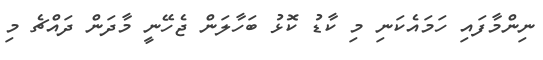
ނިންމާފައި ހަމައެކަނި މި ކާޑު ކޮޅު ބަހާލަން ޖެހޭނީ މާދަން ދައްޗެ މި